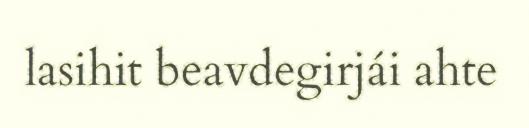
lasihit beavdegirjái ahte